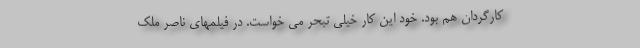
كارگردان هم بود. خود اين كار خيلى تبحر مى خواست. در فيلمهاى ناصر ملك